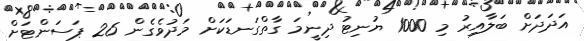
އަދަދަށް ބަލާއިރު މި 1000 ޔުނިޓު ދިނީމަ ގާތްގަނޑަކަށް މަދުވެގެން 26 ޕަސަންޓަށް